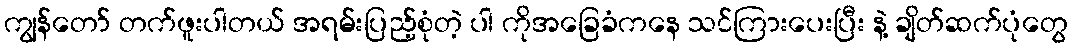
ကျွန်တော် တက်ဖူးပါတယ် အရမ်းပြည့်စုံတဲ့ ပါ ကိုအခြေခံကနေ သင်ကြားပေးပြီး နဲ့ ချိတ်ဆက်ပုံတွေ